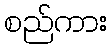
စည်ကား